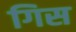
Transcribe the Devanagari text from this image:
गिस